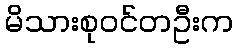
မိသားစုဝင်တဦးက